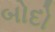
બોદો